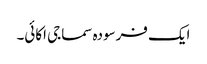
ایک فرسودہ سماجی اکائی۔